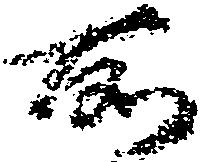
所